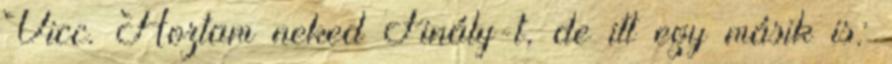
Vicc. Hoztam neked Finály-t, de itt egy másik is: